Report on vaccination North-West Frontier Province 1904-1922 - 1904-1922
Year: 1904
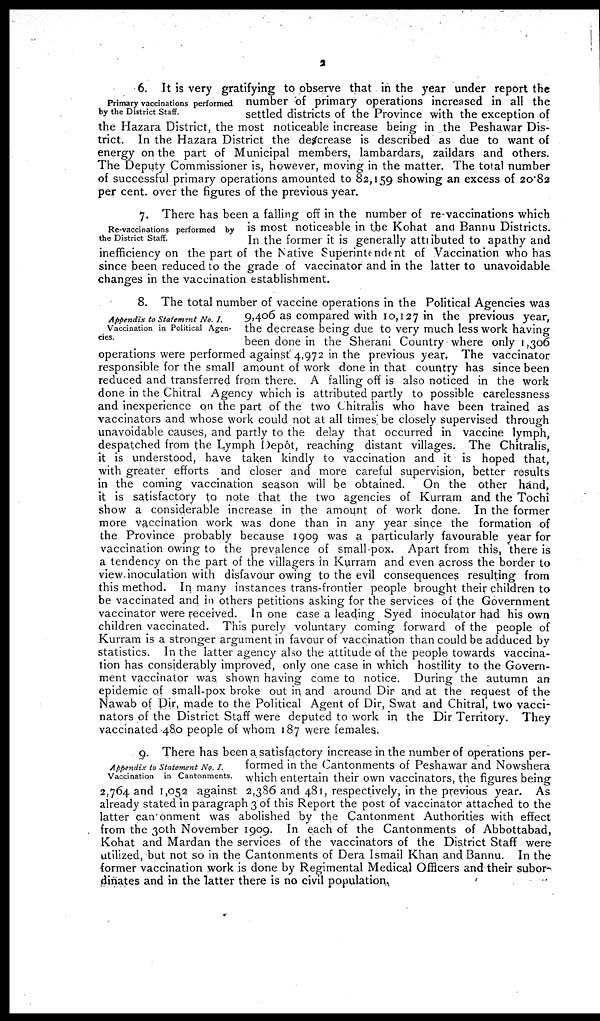
2
Primary vaccinations performed
by the District Staff.
6. It is very gratifying to observe that in the year under report the
number of primary operations increased in all the
settled districts of the Province with the exception of
the Hazara District, the most noticeable increase being in the Peshawar Dis-
trict. In the Hazara District the descrease is described as due to want of
energy on the part of Municipal members, lambardars, zaildars and others.
The Deputy Commissioner is, however, moving in the matter. The total number
of successful primary operations amounted to 82,159 showing an excess of 20.82
per cent. over the figures of the previous year.
Re-vaccinations performed by
the District Staff.
7. There has been a falling off in the number of re-vaccinations which
is most noticeable in the Kohat and Bannu Districts.
In the former it is generally attributed to apathy and
inefficiency on the part of the Native Superintendent of Vaccination who has
since been reduced to the grade of vaccinator and in the latter to unavoidable
changes in the vaccination establishment.
Appendix to Statement No. I.
Vaccination in Political Agen-
cies.
8. The total number of vaccine operations in the Political Agencies was
9,406 as compared with 10,127 in the previous year,
the decrease being due to very much less work having
been done in the Sherani Country where only 1,306
operations were performed against 4,972 in the previous year. The vaccinator
responsible for the small amount of work done in that country has since been
reduced and transferred from there. A falling off is also noticed in the work
done in the Chitral Agency which is attributed partly to possible carelessness
and inexperience on the part of the two Chitralis who have been trained as
vaccinators and whose work could not at all times be closely supervised through
unavoidable causes, and partly to the delay that occurred in vaccine lymph,
despatched from the Lymph Depôt, reaching distant villages. The Chitralis,
it is understood, have taken kindly to vaccination and it is hoped that,
with greater efforts and closer and more careful supervision, better results
in the coming vaccination season will be obtained.
On the other hand,
it is satisfactory to note that the two agencies of Kurram and the Tochi
show a considerable increase in the amount of work done. In the former
more vaccination work was done than in any year since the formation of
the Province probably because 1909 was a particularly favourable year for
vaccination owing to the prevalence of small pox. Apart from this, there is
a tendency on the part of the villagers in Kurram and even across the border to
view inoculation with disfavour owing to the evil consequences resulting from
this method. In many instances trans-frontier people brought their children to
be vaccinated and in others petitions asking for the services of the Government
vaccinator were received. In one case a leading Syed inoculator had his own
children vaccinated. This purely voluntary coming forward of the people of
Kurram is a stronger argument in favour of vaccination than could be adduced by
statistics. In the latter agency also the attitude of the people towards vaccina-
tion has considerably improved, only one case in which hostility to the Govern-
ment vaccinator was shown having come to notice. During the autumn an
epidemic of small-pox broke out in and around Dir and at the request of the
Nawab of Dir, made to the Political Agent of Dir, Swat and Chitral, two vacci-
nators of the District Staff were deputed to work in the Dir Territory. They
vaccinated 480 people of whom 187 were females.
Appendix to Statement No. I.
Vaccination in Cantonments.
9. There has been a satisfactory increase in the number of operations per-
formed in the Cantonments of Peshawar and Nowshera
which entertain their own vaccinators, the figures being
2,764 and 1,052 against 2,386 and 481, respectively, in the previous year. As
already stated in paragraph 3 of this Report the post of vaccinator attached to the
latter can onment was abolished by the Cantonment Authorities with effect
from the 30th November 1909. In each of the Cantonments of Abbottabad,
Kohat and Mardan the services of the vaccinators of the District Staff were
utilized, but not so in the Cantonments of Dera Ismail Khan and Bannu. In the
former vaccination work is done by Regimental Medical Officers and their subor-
dinates and in the latter there is no civil population.